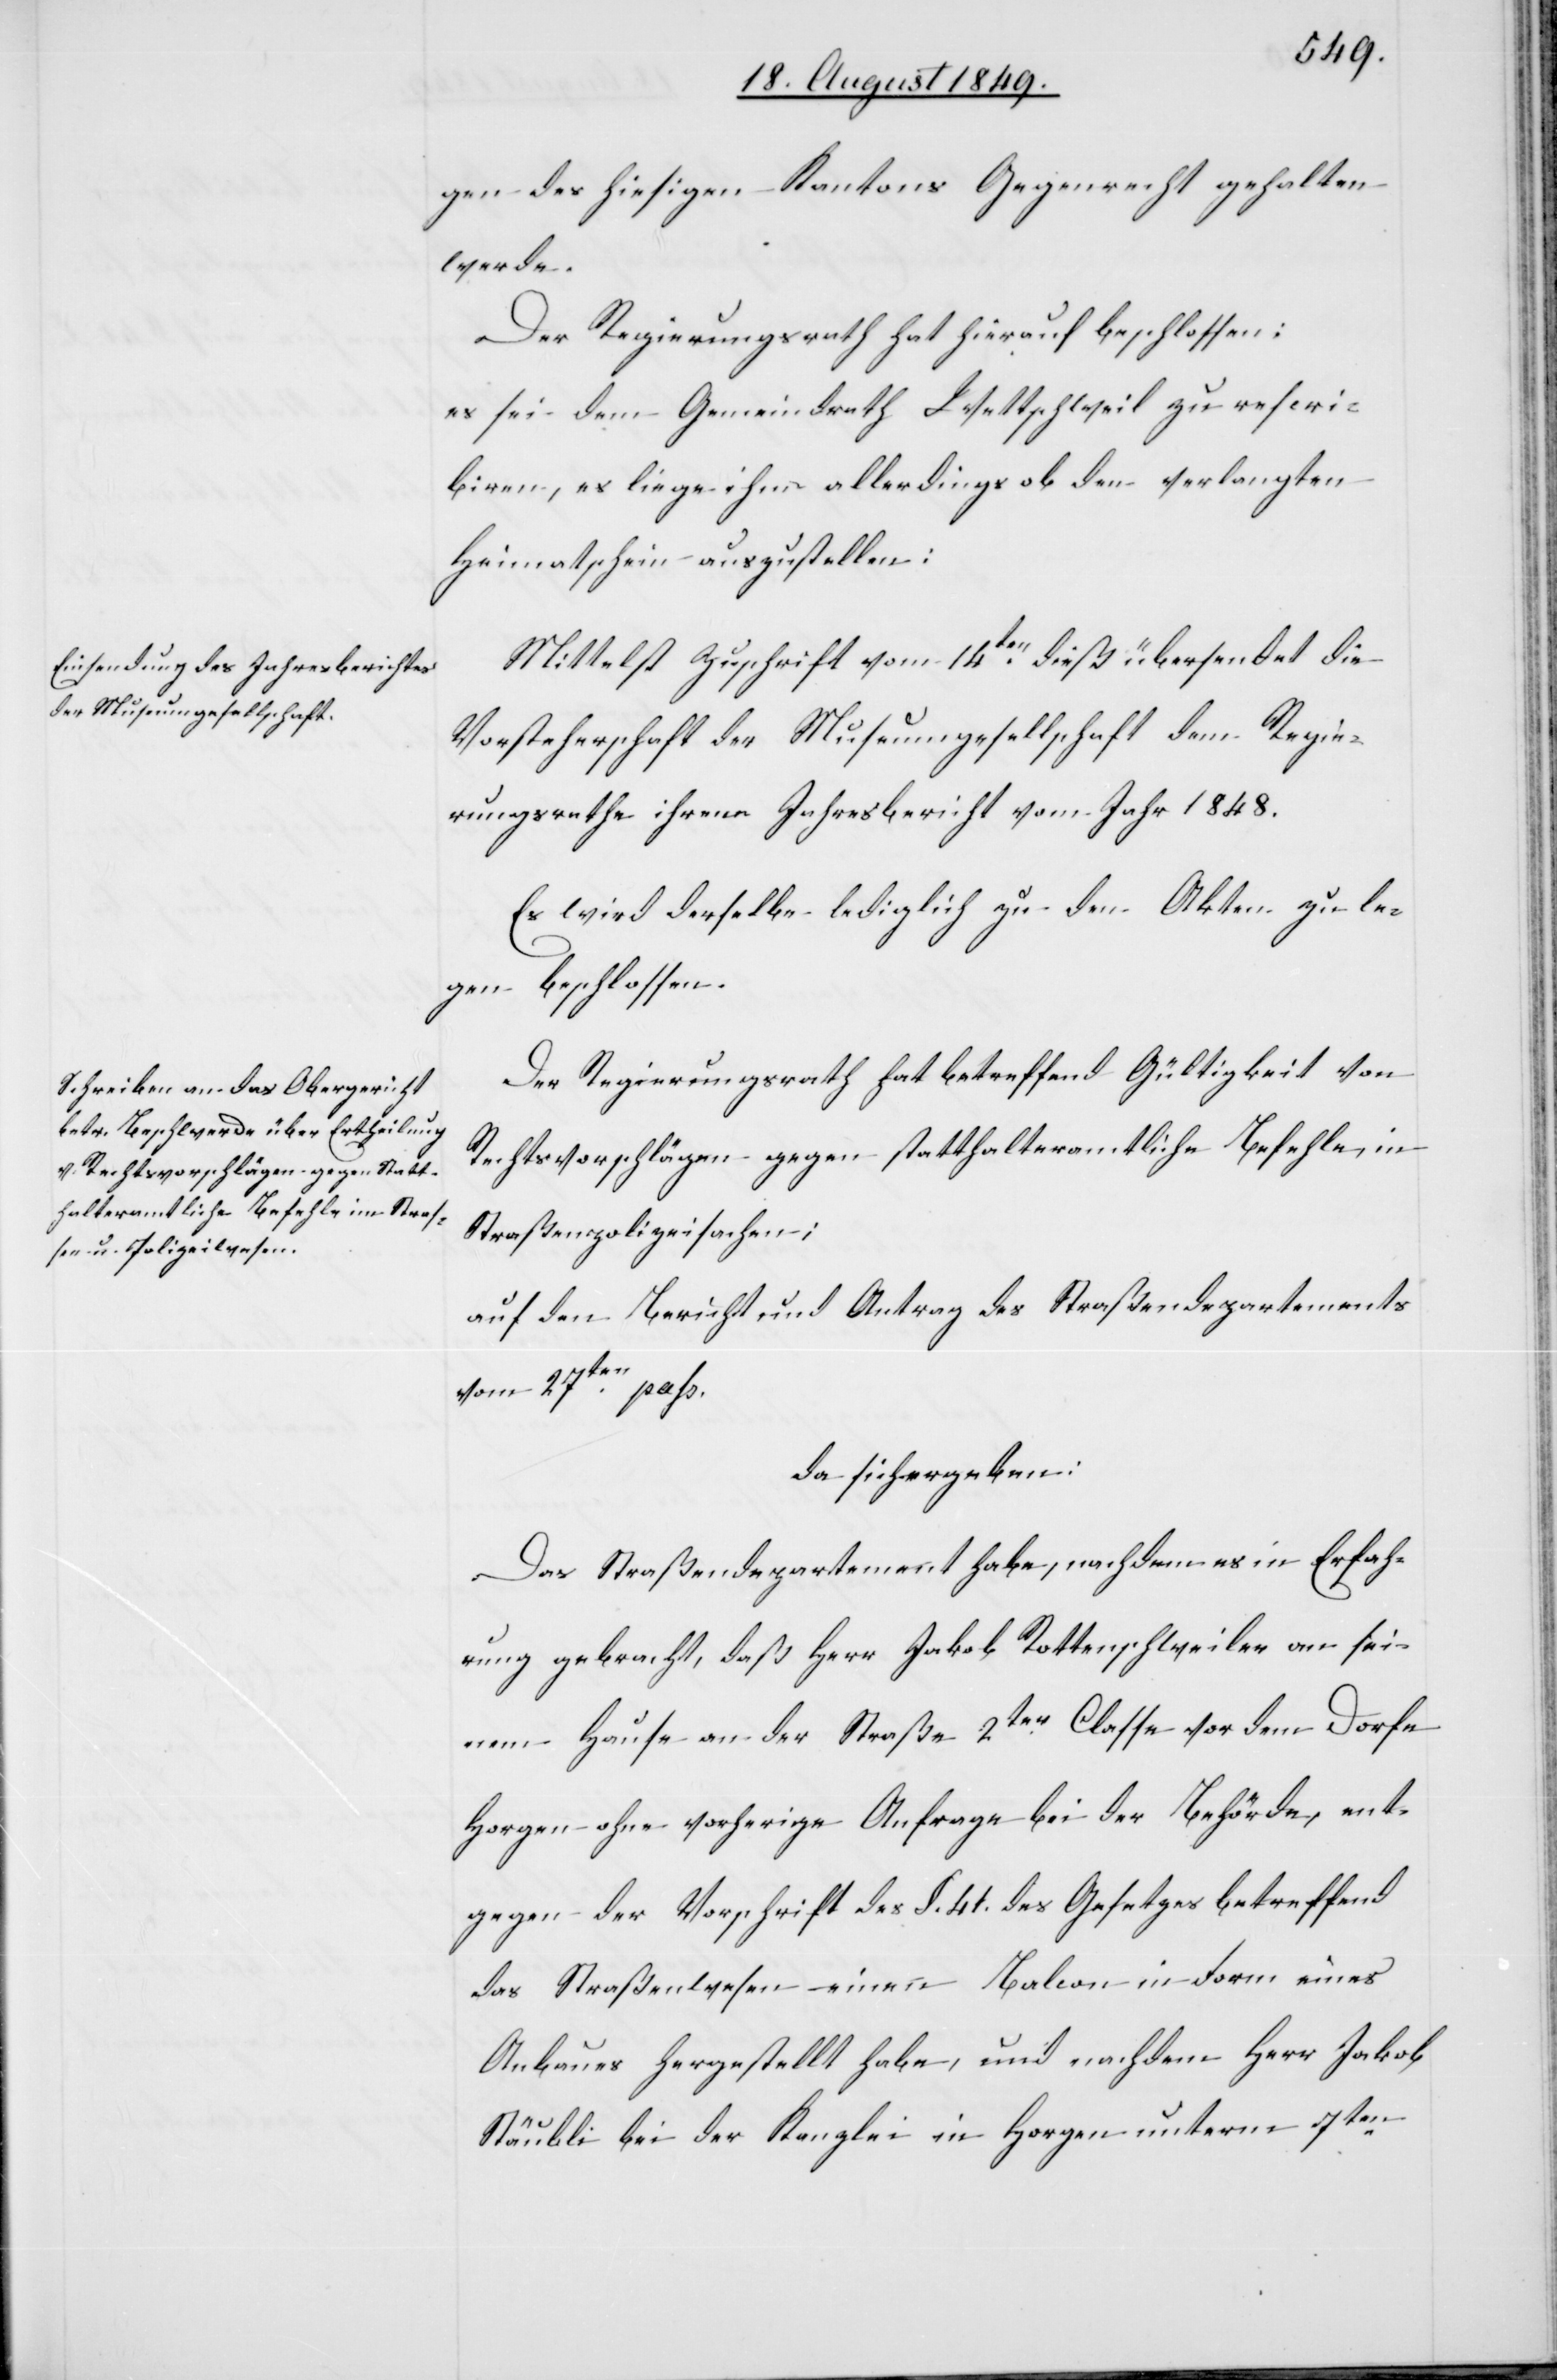
gen des hiesigen Kantons Gegenrecht gehalten
werde.
Der Regierungsrath hat hierauf beschlossen:
es sei dem Gemeindrath Wettschweil zu rescri¬
biren, es liege ihm allerdings ob den verlangten
Heimatschein auszustellen:
Mittelst Zuschrift vom 14ten dieß übersendet die
Vorsteherschaft der Museumgesellschaft dem Regie¬
rungsrathe ihren Jahresbericht vom Jahr 1848.
Es wird derselbe lediglich zu den Akten zu le¬
gen beschlossen.
Der Regierungsrath hat betreffend Gültigkeit von
Rechtsvorschlägen gegen statthalteramtliche Befehle, in
Straßenpolizeisachen;
auf den Bericht und Antrag des Straßendepartements
vom 27ten pass.
da sich ergeben:
Das Straßendepartement habe, nachdem es in Erfah¬
rung gebracht, daß Herr Jakob Rottenschweiler an sei¬
nem Hause an der Straße 2ter Classe vor dem Dorfe
Horgen ohne vorherige Anfrage bei der Behörde, ent¬
gegen der Vorschrift des §. 41. des Gesetzes betreffend
das Straßenwesen einen Balcon in Form eines
Anbaues hergestellt habe, und nachdem Herr Jakob
Stäubli bei der Kanzlei in Horgen unterm 7ten